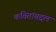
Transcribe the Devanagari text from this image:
कवितांबद्दल